Source: Handwritten
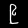
Digit: ၉ (9)